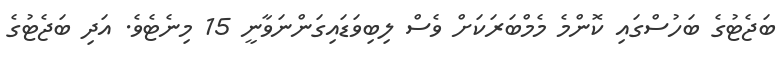
ބަޖެޓުގެ ބަހުސްގައި ކޮންމެ މެމްބަރަަކަށް ވެސް ލިބިވަޑައިގަންނަވާނީ 15 މިނެޓެވެ. އަދި ބަޖެޓުގެ